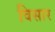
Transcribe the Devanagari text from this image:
विसार